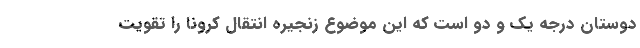
دوستان درجه یک و دو است که این موضوع زنجیره انتقال کرونا را تقویت